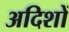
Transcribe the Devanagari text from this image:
अदिशों